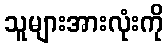
သူများအားလုံးကို